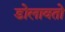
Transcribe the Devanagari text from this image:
डोलावतो